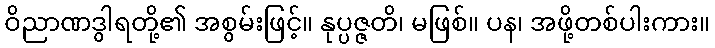
ဝိညာဏဒွါရတို့၏ အစွမ်းဖြင့်။ နုပ္ပဇ္ဇတိ၊ မဖြစ်။ ပန၊ အဖို့တစ်ပါးကား။